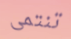
تنتمى